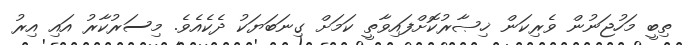
ތިބީ މަހުޖަނުން ވެރިކަން ޚިޞާރުކޮށްފައިވާތީ ކަމަށް ގިނަބަޔަކު ދެކެއެވެ. މިސަރުކާރު އައި އިރު